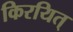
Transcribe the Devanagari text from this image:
किरयित्